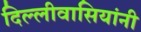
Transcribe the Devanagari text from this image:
दिल्लीवासियांनी